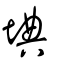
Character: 㙉